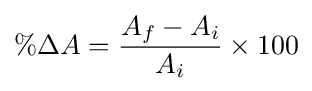
\%\Delta A={\frac {A_{f}-A_{i}}{A_{i}}}\times 100